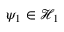
\psi _ { 1 } \in { \mathcal { H } } _ { 1 }